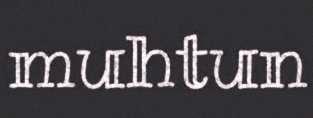
muhtun